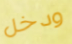
ودخل